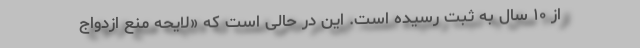
از ۱۰ سال به ثبت رسیده است. این در حالی است که «لایحه منع ازدواج